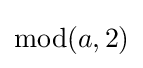
\operatorname {mod} (a,2)